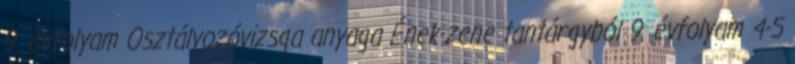
9. évfolyam Osztályozóvizsga anyaga Ének-zene tantárgyból 9. évfolyam 4-5